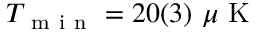
T _ { \mathrm { ~ m ~ i ~ n ~ } } = 2 0 ( 3 ) ~ \mu \mathrm { ~ K ~ }